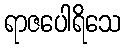
ရာဇပေါရိသေ